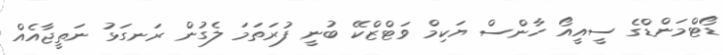
ޑޯޓްމަންޑްގެ ސީއީއޯ ހާންސް ޔަކިމް ވަޓްޒްކޭ ބުނީ ފުރަތަމަ ލެގުން ރަނގަޅު ނަތީޖާއެއް